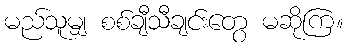
မည်သူမျှ စစ်ချီသီချင်းတွေ မဆိုကြ။